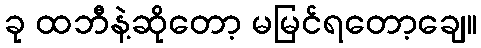
ခု ထဘီနဲ့ဆိုတော့ မမြင်ရတော့ချေ။